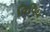
વિવિધ